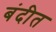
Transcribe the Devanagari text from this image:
बंदीत